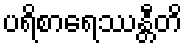
ပရိစာရေဿန္တီတိ